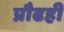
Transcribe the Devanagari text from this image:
प्रौढही